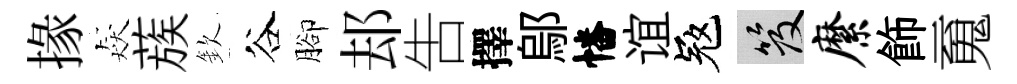
掾猋蔟欽谷腳𨚫吿擇鄔幡谊冦笈縻飾䰟